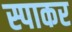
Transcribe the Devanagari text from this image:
स्पाकर